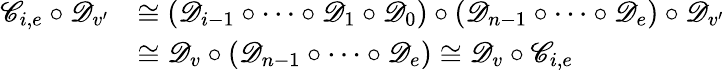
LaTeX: \begin{array}{rl}{\mathscr C_{i,e}\circ\mathscr D_{v^{\prime}}}&{\cong(\mathscr D_{i-1}\circ\cdots\circ\mathscr D_{1}\circ\mathscr D_{0})\circ(\mathscr D_{n-1}\circ\cdots\circ\mathscr D_{e})\circ\mathscr D_{v^{\prime}}}\\ &{\cong\mathscr D_{v}\circ(\mathscr D_{n-1}\circ\cdots\circ\mathscr D_{e})\cong\mathscr D_{v}\circ\mathscr C_{i,e}}\end{array}